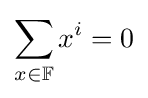
\sum _{x\in \mathbb {F} }x^{i}=0